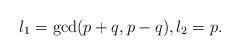
LaTeX: \begin{align*}l_1=\gcd(p+q,p-q),l_2=p.\end{align*}